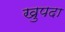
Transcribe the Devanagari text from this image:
खुपदा